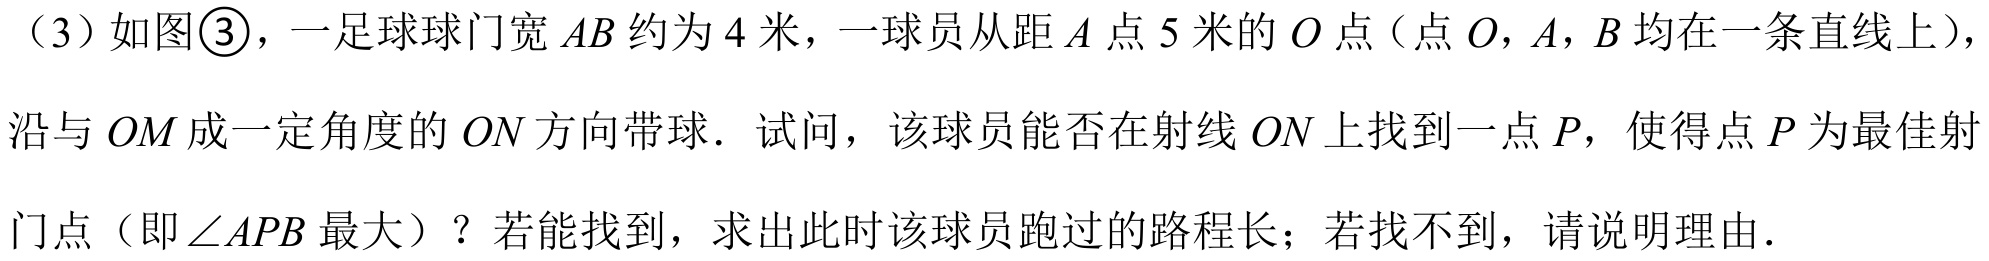
（3）如图\textcircled{3}，一足球球门宽 \(AB\) 约为 \(4\) 米，一球员从距 \(A\) 点 \(5\) 米的 \(O\) 点（点 \(O,A,B\) 均在一条直线上），
沿与 \(OM\) 成一定角度的 \(ON\) 方向带球．试问，该球员能否在射线 \(ON\) 上找到一点 \(P\)，使得点 \(P\) 为最佳射
门点（即 \(\angle APB\) 最大）？若能找到，求出此时该球员跑过的路程长；若找不到，请说明理由．